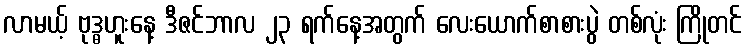
လာမယ့် ဗုဒ္ဓဟူးနေ့ ဒီဇင်ဘာလ ၂၃ ရက်နေ့အတွက် လေးယောက်စာစားပွဲ တစ်လုံး ကြိုတင်